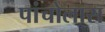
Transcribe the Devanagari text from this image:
पांचोलास